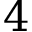
4